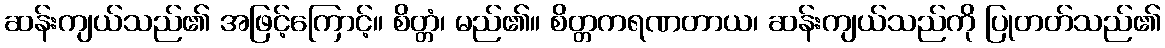
ဆန်းကျယ်သည်၏ အဖြင့်ကြောင့်။ စိတ္တံ၊ မည်၏။ စိတ္တကရဏတာယ၊ ဆန်းကျယ်သည်ကို ပြုတတ်သည်၏